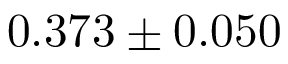
0 . 3 7 3 \pm 0 . 0 5 0